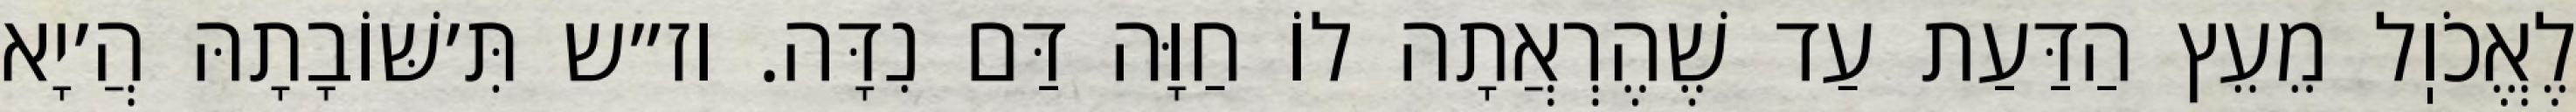
לֶאֱכֹוֽל מֵעֵץ הַדַּעַת עַד שֶׁהֶרְאֲתָה לוֹ חַוָּה דַּם נִדָּה. וז״ש תִּ׳שּׁוֹבָתָהּ הֲ׳יָא